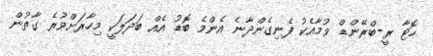
ހޮޓާ ރީ-ބްރޭންޑް ވުމާއެކު ފެނިގެންދާނެ އެންމެ ބޮޑު އެއް ބަދަލަކީ މިހާރަށްވުރެ ގާތުން